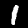
Label: 1